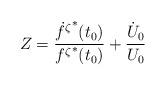
LaTeX: \begin{align*}Z=\frac{\hbox{${\dot{f}}^{\zeta}$}^*(t_0)}{{f^{\zeta}}^*(t_0)}+\frac{\dot{U}_0}{U_0}\end{align*}